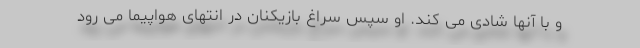
و با آنها شادی می کند. او سپس سراغ بازیکنان در انتهای هواپیما می رود